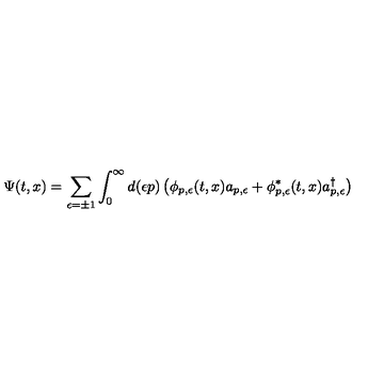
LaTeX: \Psi ( t , x ) = \sum _ { \epsilon = \pm 1 } \int _ { 0 } ^ { \infty } d ( \epsilon p ) \left( \phi _ { p , \epsilon } ( t , x ) a _ { p , \epsilon } + \phi _ { p , \epsilon } ^ { \ast } ( t , x ) a _ { p , \epsilon } ^ { \dagger } \right)